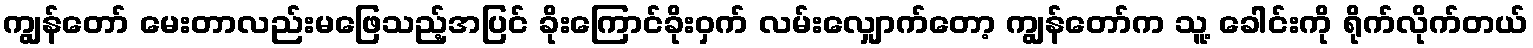
ကျွန်တော် မေးတာလည်းမဖြေသည့်အပြင် ခိုးကြောင်ခိုးဝှက် လမ်းလျှောက်တော့ ကျွန်တော်က သူ့ ခေါင်းကို ရိုက်လိုက်တယ်